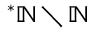
{ ^ { * } \mathbb { N } } \setminus \mathbb { N }